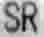
SR